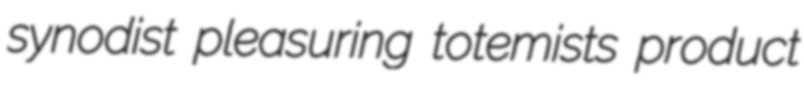
synodist pleasuring totemists product